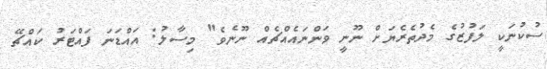
ސުކުނަކީ ލަފުޒުގެ މެދުތެރެޔަށް ނޫނީ ވަންނައެއްޗެއް ނޫނެވެ" މިސާލު: އައްޑަނަ ފައްޓަރު ކައްޗޭ